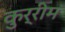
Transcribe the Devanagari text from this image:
कुर्रीम